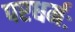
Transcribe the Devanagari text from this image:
परधर्मः